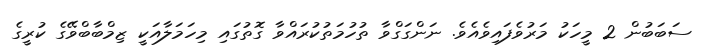
ސަބަބުން 2 މީހަކު މަރުވެފައިވެއެވެ. ނަންގަގްވާ ތުހުމަތުކުރައްވާ ގޮތުގައި މިހަމަލާއަކީ ޒިމްބާބްވޭގެ ކުރީގެ